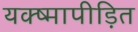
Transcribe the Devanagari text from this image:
यक्ष्मापीड़ित